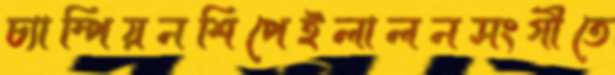
চ্যাম্পিয়নশিপেইলালনসংগীতে